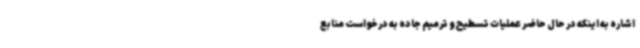
اشاره به اینکه در حال حاضر عملیات تسطیح و ترمیم جاده به درخواست منابع